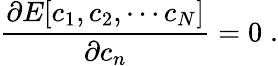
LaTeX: \frac{\partial E[c_{1},c_{2},\cdots c_{N}]}{\partial c_{n}}=0\; .